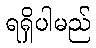
ရရှိပါမည်